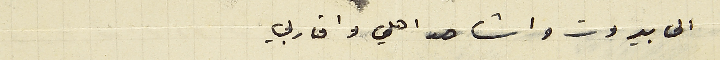
الى بيروت واشاهد اهلي واقاربي